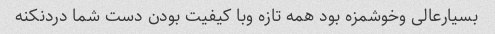
بسیارعالی وخوشمزه بود همه تازه وبا کیفیت بودن دست شما دردنکنه